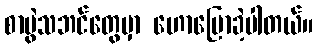
စာပွဲသဘင်တွေမှာ ဟောပြောခဲ့ပါတယ်။